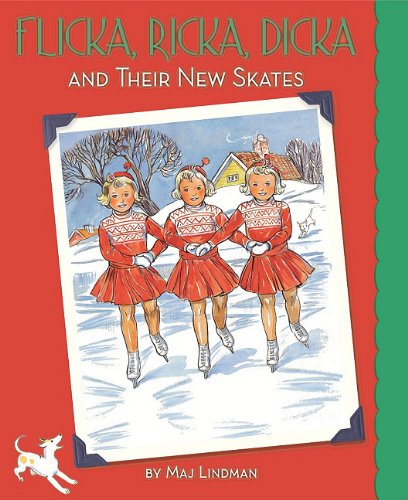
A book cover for Flicka, Ricka, Dicka and Their New Skates: Updated Edition with Paperdolls; Maj Lindman; Children's Books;